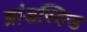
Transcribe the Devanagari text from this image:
ब्रांडस्ल्डि